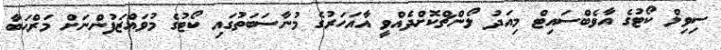
ސިވިލް ކޯޓުގެ އާވެބްސައިޓް މިއަދު ލޯންޗްކޮށްދެއްވީ އާއަހަރުގެ މުނާސަބަތުގައި ކޯޓުގެ މުވައްޒަފުންނަށް މަރްޙަބާ